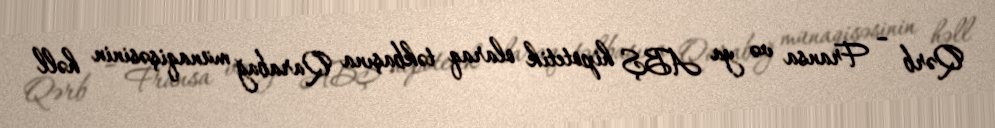
Qərb – Fransa və ya ABŞ hipotetik olaraq təkbaşına Qarabağ münaqişəsinin həll